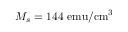
M _ { s } = 1 4 4 ~ \mathrm { e m u / c m ^ { 3 } }